Annual report of the Imperial Bacteriologist
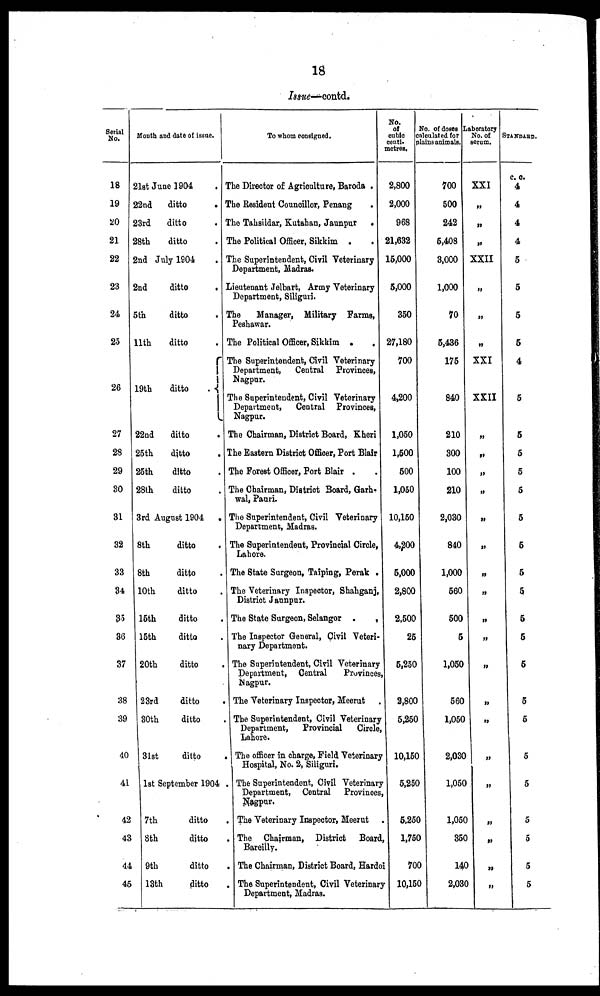
18
Issue—contd.
Serial
No.
18
19
20
21
22
23
24
25
26
27
28
29
30
31
32
33
34
35
36
37
38
39
40
41
42
43
44
45
Month and date of issue.
21st June 1904 .
22nd
ditto .
23rd
ditto .
28th
ditto .
2nd July 1904 .
2nd
ditto
.
5th
ditto .
11th
ditto .
19th ditto .{
22nd
ditto .
25th
ditto
.
25th
ditto .
28th
ditto .
3rd August 1904
.
8th
ditto .
8th
ditto .
10th
ditto .
15th
ditto .
15th
ditto .
20th
ditto .
23rd
ditto .
30th
ditto .
31st
ditto .
1st September 1904 .
7th
ditto .
8th
ditto .
9th
ditto .
13th
ditto .
To whom consigned.
The Director of Agriculture, Baroda .
The Resident Councillor, Penang
.
The Tahsildar, Kutahan, Jaunpur
.
The Political Officer, Sikkim .
The Superintendent, Civil Veterinary
Department, Madras.
Lieutenant Jelbart, Army Veterinary
Department, Siliguri.
The
Manager, Military Farms,
Peshawar.
The Political Officer, Sikkim .
The Superintendent, Civil Veterinary
Department,
Central Provinces,
Nagpur.
The Superintendent, Civil Veterinary
Department,
Central Provinces,
Nagpur.
The Chairman, District Board, Kheri
The Eastern District Officer, Port Blair
The Forest Officer, Port Blair . .
The Chairman, District Board, Garh¬
wal, Pauri.
The Superintendent, Civil Veterinary
Department, Madras.
The Superintendent, Provincial Circle,
Lahore.
The State Surgeon, Taiping, Perak .
The Veterinary Inspector, Shahganj,
District Jaunpur.
The State Surgeon, Selangor .
.
The Inspector General, Civil Veteri-
nary Department.
The Superintendent, Civil Veterinary
Department, Central
Provinces
Nagpur.
The Veterinary Inspector, Meerut
The Superintendent, Civil Veterinary
Department, Provincial
Circle,
Lahore.
The officer in charge, Field Veterinary
Hospital, No. 2, Siliguri.
The Superintendent, Civil Veterinary
Department, Central Provinces
Nagpur.
The Veterinary Inspector, Meerut.
The Chairman, District Board,
Bareilly.
The Chairman, District Board, Hardoi
The Superintendent, Civil Veterinary
Department, Madras.
No.
of
cubic
centi-
metres.
2,800
2,000
968
21,632
15,000
5,000
350
27,180
700
4,200
1,050
1,500
500
1,050
10,150
4,200
5,000
2,800
2,500
25
5,250
2,800
5,250
10,150
5,250
5,250
1,750
700
10,150
No. of doses
calculated for
plains animals.
700
500
242
5,408
3,000
1,000
70
5,436
175
840
210
300
100
210
2,030
840
1,000
560
500
5
1,050
560
1,050
2,030
1,050
1,050
350
140
2,030
Laboratory
No. of
serum.
XXI
„
„
„
XXII
„
„
„
XXI
XXII
„
„
„
„
„
„
„
„
„
„
„
„
„
„
„
„
„
„
„
STANDARD.
c. c.
4
4
4
4
5
5
5
5
4
5
5
5
5
5
5
5
5
5
5
5
5
5
5
5
5
5
5
5
5